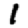
Digit: 1